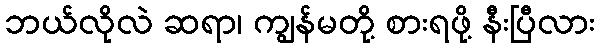
ဘယ်လိုလဲ ဆရာ၊ ကျွန်မတို့ စားရဖို့ နီးပြီလား